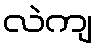
လဲကျ